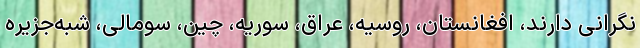
نگرانی دارند، افغانستان، روسیه، عراق، سوریه، چین، سومالی، شبه‌جزیره